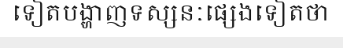
ទៀតបង្ហាញទស្សនៈផ្សេងទៀតថា